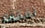
نفقات